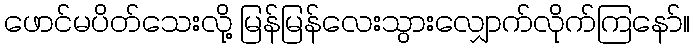
ဖောင်မပိတ်သေးလို့ မြန်မြန်လေးသွားလျှောက်လိုက်ကြနော်။